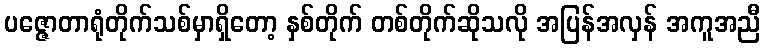
ပဇ္ဇောတာရုံတိုက်သစ်မှာရှိတော့ နှစ်တိုက် တစ်တိုက်ဆိုသလို အပြန်အလှန် အကူအညီ